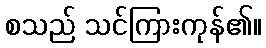
စသည် သင်ကြားကုန်၏။